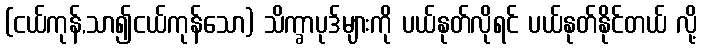
(ငယ်ကုန်,သာ၍ငယ်ကုန်သော) သိက္ခာပုဒ်များကို ပယ်နုတ်လိုရင် ပယ်နုတ်နိုင်တယ် လို့